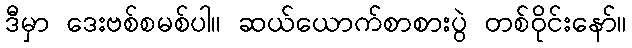
ဒီမှာ ဒေးဗစ်စမစ်ပါ။ ဆယ်ယောက်စာစားပွဲ တစ်ဝိုင်းနော်။